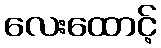
လေးထောင့်